Lock hospitals Punjab
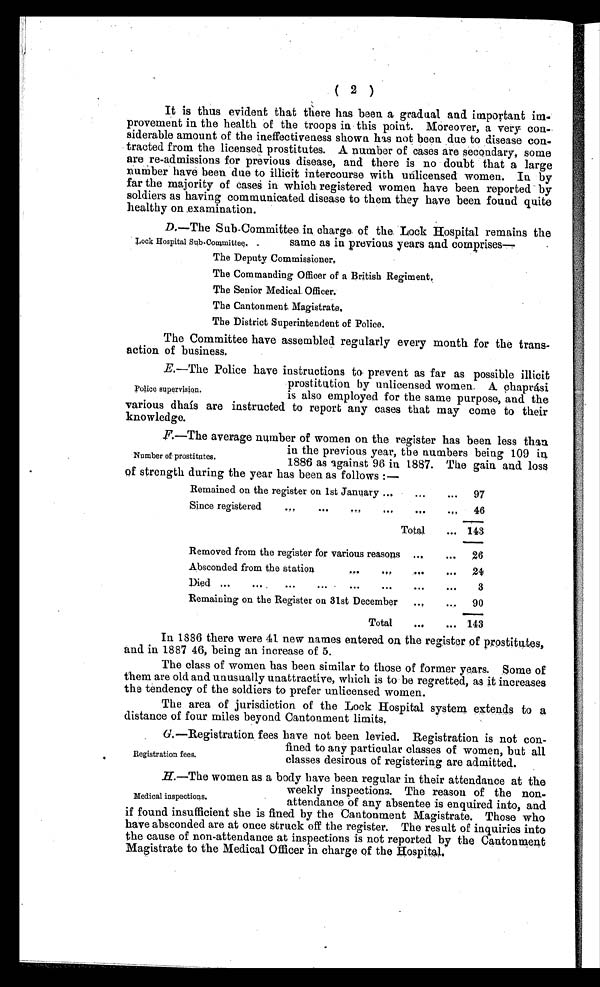
(2)
It is thus evident that there has been a gradual and important im
-provement in the health of the troops in this point. Moreover, a very con
siderable amount of the ineffectiveness shown has not been due to disease con-
tracted from the licensed prostitutes. A number of cases are secondary, some
are re-admissions for previous disease, and there is no doubt that a large
number have been due to illicit intercourse with unlicensed women. In by
far the majority of cased in which registered women have been reported by
soldiers as having communicated disease to them they have been found quite
healthy on examination.
D. —The Sub-Committee in charge of the, Lock Hospital remains the
same as in previous years and comprises
—
T h e D e p u t y C o m m i s s i o n e r .
The Commanding Officer of a British Regiment
.
The Senior Medical Officer.
The Cantonment Magistrate.
The District Superintendent of Police.
The Committee have assembled regularly every month for the trans-
action of business.
E. —The Police have instructions to prevent as far as possible illicit
prostitution by unlicensed women. A. chaprási
is also employed for the same purpose, and the
various dhais are instructed to report any cases that may come to their
knowledge.
F. —The average number of women on the register has been less than.
in the previous year, the numbers being 109 in,
1886 as against 96 in 1887. The gain and loss
of strength during the year has been as follows :—
Remained on the register on 1st January
97
Since registered
46
Total
143
Removed from the register for various reasons
26
Absconded from the station
2 4
Died
3
Remaining on the Register on 31st December
90
Total
143
In 1886 there were 41 new names entered on the register of prostitutes,
and in 1887 46, being an increase of 5.
The class of women has been similar to those of former years. Some of
them are old and unusually unattractive, which is to be regretted, as it increases
the tendency of the soldiers to prefer unlicensed women.
The area of jurisdiction of the Lock Hospital system extends to a
distance of four miles beyond Cantonment limits.
G. —Registration fees have not been levied. Registration is not con-
fined to any particular classes of women, but all
classes desirous of registering are admitted.
H.—The women as a body have been regular in their attendance at the
weekly inspections. The reason of the non-
attendance of any absentee is enquired into, and
if found insufficient she is fined by the Cantonment Magistrate. Those who
have absconded are at once struck off the register. The result of inquiries into
the cause of non-attendance at inspections is not reported by the Cantonment
Magistrate to the Medical Officer in charge of the Hospital.
Lock Hospital Sub-Committee.
Police supervision.
Number of prostitutes.
Registration fees.
Medical inspections.